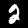
Label: 2